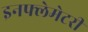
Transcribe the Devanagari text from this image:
इनफ्लेमेटरी